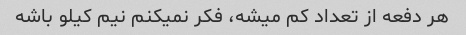
هر دفعه از تعداد کم میشه، فکر نمیکنم نیم کیلو باشه